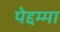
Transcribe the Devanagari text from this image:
पेद्दम्मा